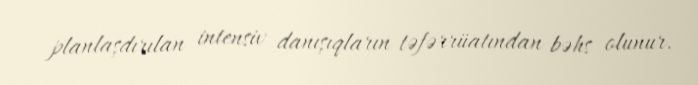
planlaşdırılan intensiv danışıqların təfərrüatından bəhs olunur.